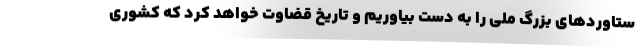
ستاوردهای بزرگ ملی را به دست بیاوریم و تاریخ قضاوت خواهد کرد که کشوری